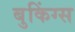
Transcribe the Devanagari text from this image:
बुकिंग्स